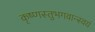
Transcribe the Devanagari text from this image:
कृष्णस्तुभगवान्स्वयं